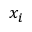
x _ { i }